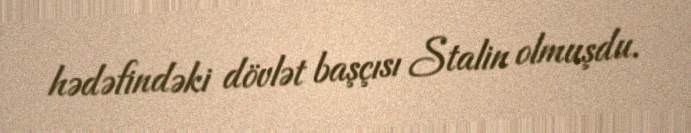
hədəfindəki dövlət başçısı Stalin olmuşdu.